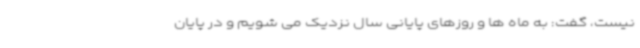
نیست، گفت: به ماه ها و روزهای پایانی سال نزدیک می شویم و در پایان